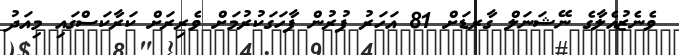
ވެނެޒުއެލާގެ ނޭޝަނަލް ގާރޑަށް 81 އަހަރު ފުރުން ފާހަގަކުރުމަށް ވެރިރަށް ކަރާކަސްގައި މިއަދު